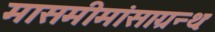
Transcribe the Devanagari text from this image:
मासमीमांसाग्रन्थः